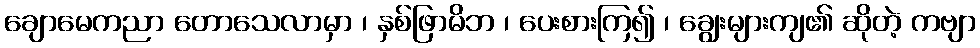
ချောမေကညာ တောသေလာမှာ ၊ နှစ်ဖြာမိဘ ၊ ပေးစားကြ၍ ၊ ချွေးများကျ၏ ဆိုတဲ့ ကဗျာ